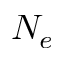
N _ { e }